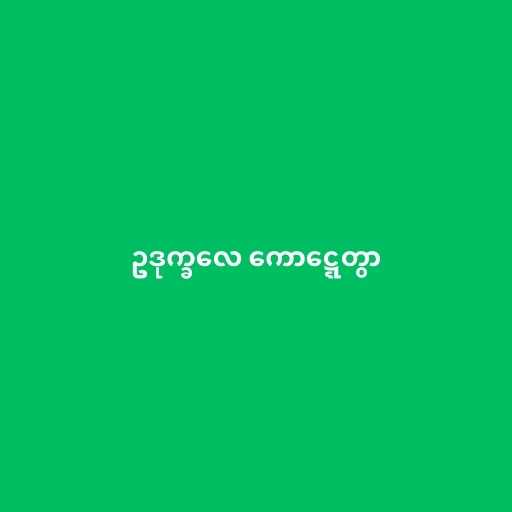
ဥဒုက္ခလေ ကောဋ္ဋေတွာ